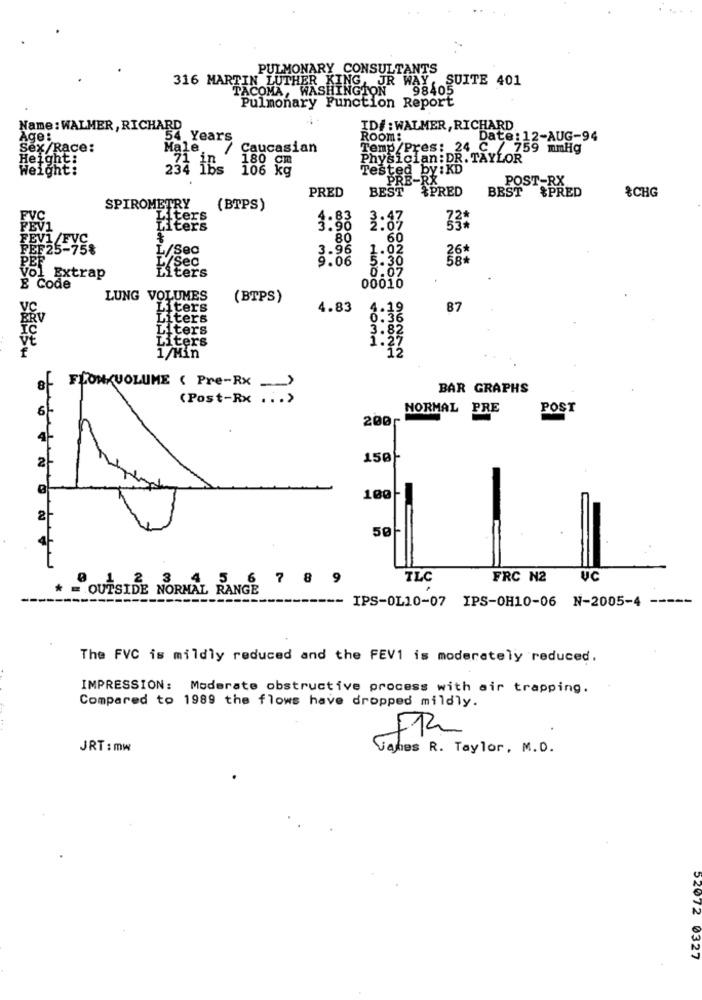
PULMONARY CONSULTANTS
316 MARTIN LUTHER KING, JR WAY,SUITE 401
TACOMA, WASHINGTON
98405
Pulmonary Function Report
Name : WALMER, RICHARD
ID#: WALMER, RICHARD
Age :
54 Years
Room:
Date: 12-AUG-94
Sex /Race:
Male
Caucasian
Temp/Pres: 24 C / 759 mmHg
Height:
180 Cm
Physician: DR. TAYLOR
Weight:
234 16s
106 kg
Tested by :KD
PRE-RX
POST-RX
PRED
BEST &PRED
BEST &PRED
&CHG
SPIROMETRY
(BTPS)
Liters
PĚV1
Liters
1:83
3:07
33%
80
60
FEVICFYC
PEF25-75%
L/Sec
3.96
1.02
26*
L/Sec
9.06
5.30
PER
0.07
vol Extrap
Titers
È Code
00010
LUNG VOLUMES
(BTPS)
VC
Liters
4.83
4.19
87
BRV
Liters
0.36
Liters
3.82
Liters
1.27
.12
1/Min
FCONKVOLUME ( Pre-Rx ->
BAR GRAPHS
(Post-Rx ... >
6
NORMAL PRE
POST
200 г
150-
100
50+
2 3 4 5 6 7 8 9
TLC
FRC N2
UC
= OUTSIDE NORMAL RANGE
-- IPS-OL10-07 IPS-OH10-06 N-2005-4 -----
The FVC is mildly reduced and the FEV1 is moderately reduced.
IMPRESSION: Moderate obstructive process with air trapping.
Compared to 1989 the flows have dropped mildly.
JRT : mw
Gahes R. Taylor, M.D.
52072 0327